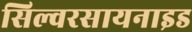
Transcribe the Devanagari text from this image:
सिल्वरसायनाइड